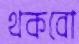
থকবো